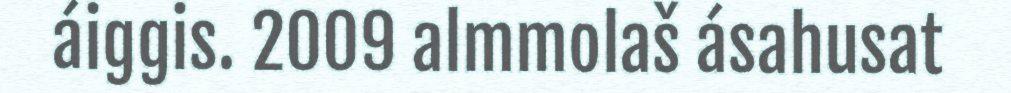
áiggis. 2009 almmolaš ásahusat